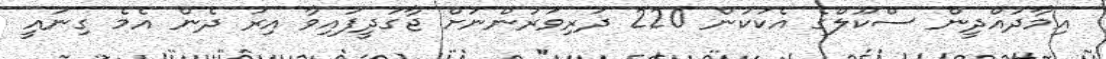
އިމާދުއްދީން ސްކޫލްގެ އެކަކުން 220 ދަރިވަރުންނަށް ޖާގަދީފައިވާ އިރު ދެން އެމެ ގިނައީ